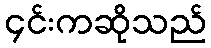
၄င်းကဆိုသည်